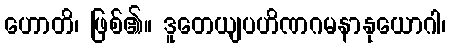
ဟောတိ၊ ဖြစ်၏။ ဒူတေယျပဟိဏဂမနာနုယောဂါ၊